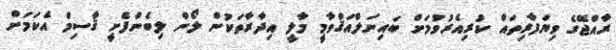
ރާއްޖޭގެ ވިޔަފާރިތައް ކުރިއެރުވުމަށް ބައިނަލްއަޤްވާމީ މާލީ އިދާރާތަކުން ލޯން ލިބެންފެށީ ޤާސިމް އެކަމަށް